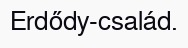
Erdődy-család.